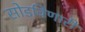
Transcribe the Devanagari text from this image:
सोडविणारी